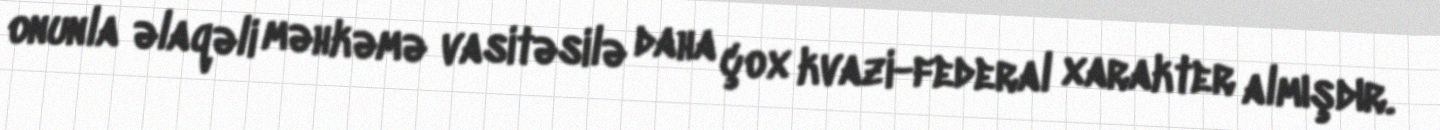
onunla əlaqəli məhkəmə vasitəsilə daha çox kvazi-federal xarakter almışdır.